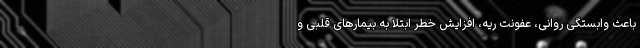
باعث وابستگی روانی، عفونت ریه، افزایش خطر ابتلا به بیمارهای قلبی و